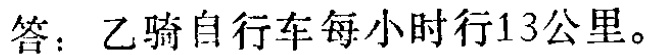
答：乙骑自行车每小时行13公里。